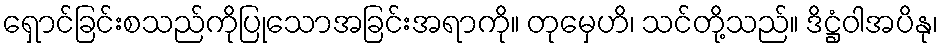
ရှောင်ခြင်းစသည်ကိုပြုသောအခြင်းအရာကို။ တုမှေဟိ၊ သင်တို့သည်။ ဒိဋ္ဌံဝါအပိနု၊